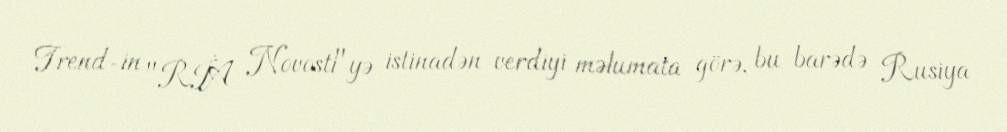
Trend-in "RİA Novosti"yə istinadən verdiyi məlumata görə, bu barədə Rusiya